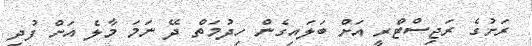
ރަށުގެ ރަޖިސްޓްރީ އަށް ބަލައިގެން ހިދުމަތް ދޭ ނަމަ މާލެ އަށް ފުދި